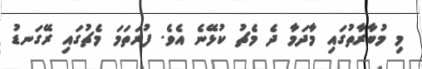
މި މުބާރާތުގައި މާދަމާ ދެ މެޗު ކުޅޭނެ އެވެ. ފުރަތަމަ މެޗުގައި ރޭގަނޑު